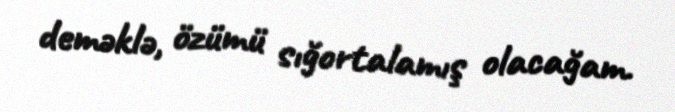
deməklə, özümü sığortalamış olacağam.